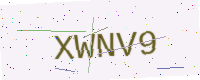
Text: XWNV9